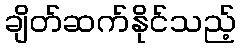
ချိတ်ဆက်နိုင်သည့်